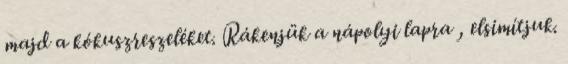
majd a kókuszreszeléket. Rákenjük a nápolyi lapra , elsimítjuk.